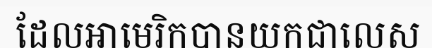
ដែលអាមេរិកបានយកជាលេស